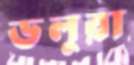
ডলুরা